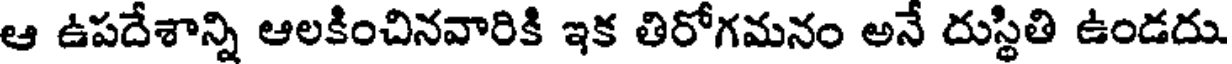
ఆ ఉపదేశాన్ని ఆలకించినవారికి ఇక తిరోగమనం అనే దుస్థితి ఉండదు